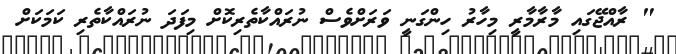
" ރާއްޖޭގައި މާރާމާރީ މިހާރު ހިންގަނީ ވަރަށްވެސް ނުރައްކާތެރިކޮށް މިފަދަ ނުރައްކާތެރި ކަމަކަށް